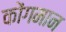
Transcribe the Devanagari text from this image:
कोंगमान